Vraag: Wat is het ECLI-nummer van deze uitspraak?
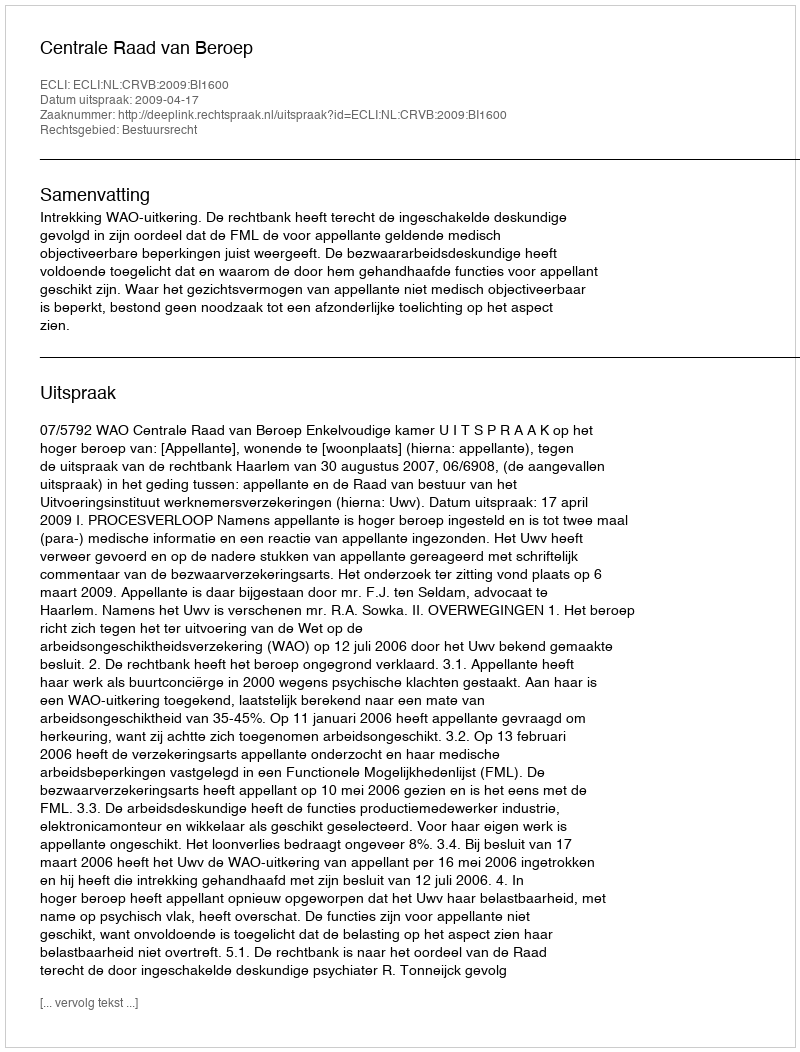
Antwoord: ECLI:NL:CRVB:2009:BI1600